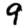
Digit: 9